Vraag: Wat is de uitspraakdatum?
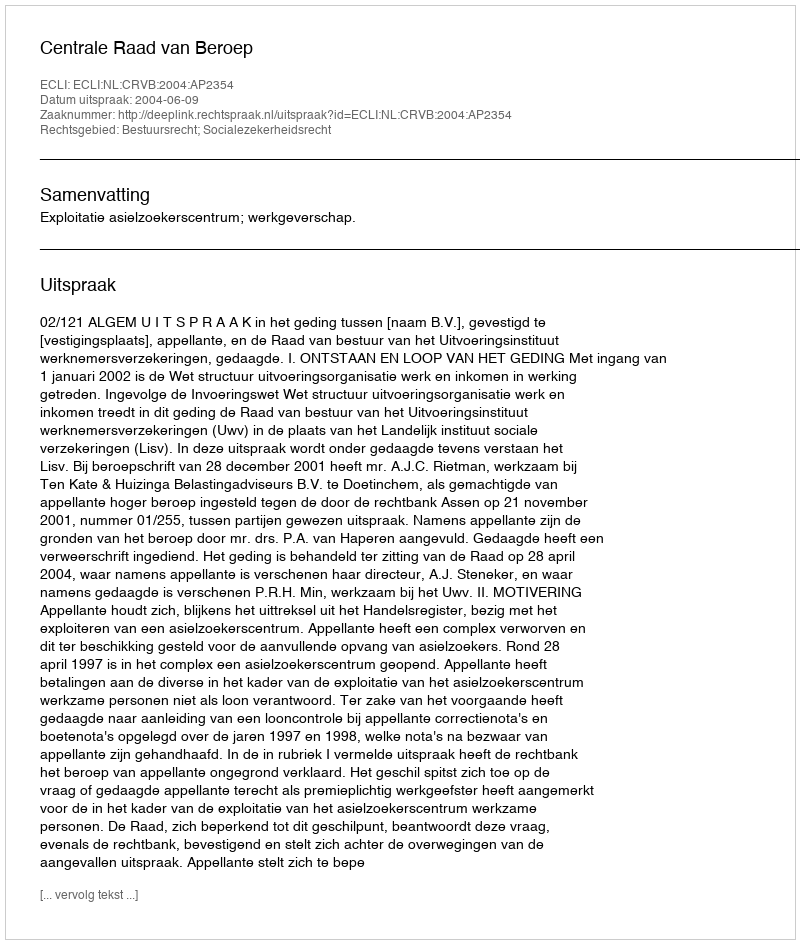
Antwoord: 2004-06-09